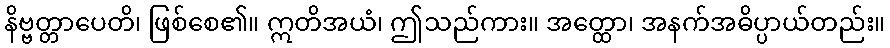
နိဗ္ဗတ္တာပေတိ၊ ဖြစ်စေ၏။ ဣတိအယံ၊ ဤသည်ကား။ အတ္ထော၊ အနက်အဓိပ္ပာယ်တည်း။